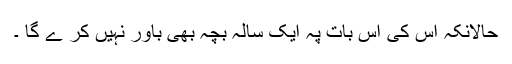
حالانکہ اس کی اس بات پہ ایک سالہ بچہ بھی باور نہیں کر ے گا ۔